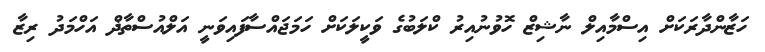
ހަޒާންދާރަކަށް އިސްމާއިލް ނާޝިޒް ހޮވުނުއިރު ކްލަބުގެ ވަކީލަކަށް ހަމަޖައްސާފައިވަނީ އަލްއުސްތާޛް އަހްމަދު ރިޒާ